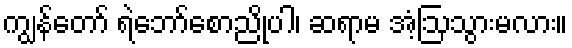
ကျွန်တော် ရဲဘော်စောညိုပါ၊ ဆရာမ အံ့ဩသွားမလား။